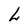
Character: L